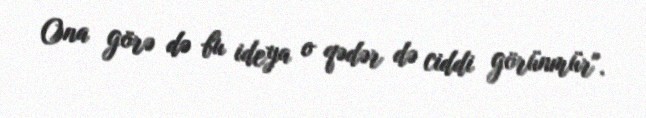
Ona görə də bu ideya o qədər də ciddi görünmür".